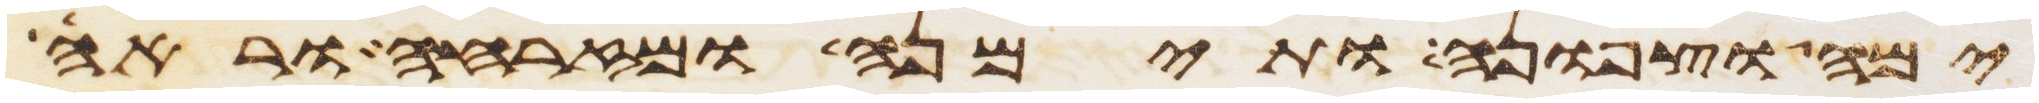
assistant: ימה וצפונה ותימנה ומזרחה וראה